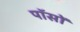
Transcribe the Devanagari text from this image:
पॉसों